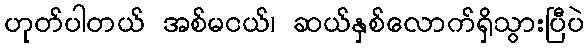
ဟုတ်ပါတယ် အစ်မငယ်၊ ဆယ်နှစ်လောက်ရှိသွားပြီပဲ